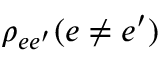
\rho _ { e e ^ { \prime } } ( e \neq e ^ { \prime } )